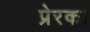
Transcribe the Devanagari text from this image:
प्रेरक।